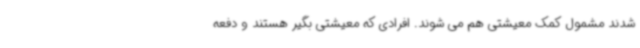
شدند مشمول کمک معیشتی هم می شوند. افرادی که معیشتی بگیر هستند و دفعه